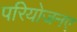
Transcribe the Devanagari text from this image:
परियोजनए